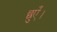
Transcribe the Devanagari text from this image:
छुएँ।